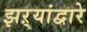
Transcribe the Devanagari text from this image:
झऱ्यांद्वारे